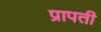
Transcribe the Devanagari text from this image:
प्रापती